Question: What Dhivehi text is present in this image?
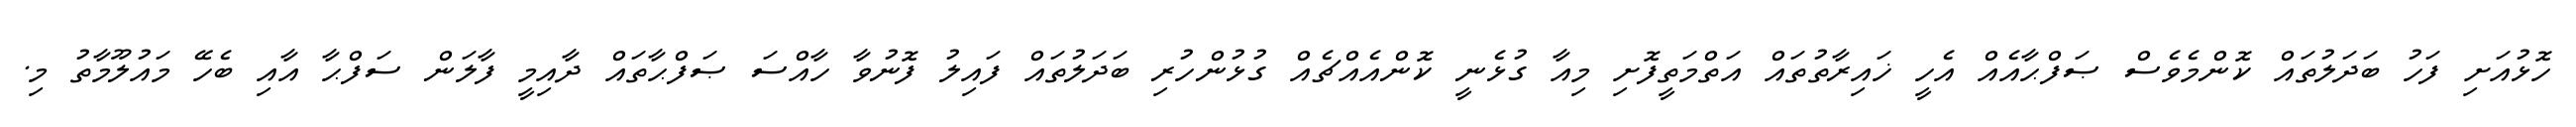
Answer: ހޮޅުއަށި ފަހު ބަދަލުތައް ކޮންމެވެސް ޞަފްޙާއެއް އެހީ ޚައިރާތުތައް އަތްމަތީފޮށި މިއާ ގުޅެނީ ކޮންއެއްޗެއް ގުޅުންހުރި ބަދަލުތައް ފައިލު ފޮނުވާ ހާއްސަ ޞަފްޙާތައް ދާއިމީ ފާލަން ސަފްޙާ އާއި ބެހޭ މައުލޫމާތު މި.